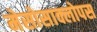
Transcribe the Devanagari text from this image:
मेसोसाक्लोपस